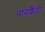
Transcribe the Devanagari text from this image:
नामशैली